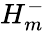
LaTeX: H_{m}^{-}